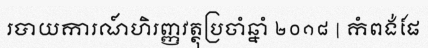
របាយការណ៍ហិរញ្ញវត្ថុប្រចាំឆ្នាំ ២០១៨ | កំពង់ផែ